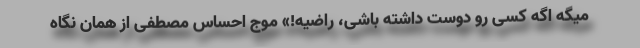
میگه اگه کسی رو دوست داشته باشی، راضیه!» موج احساس مصطفی از همان نگاه